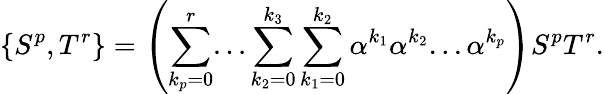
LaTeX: \{ S^{p},T^{r}\} =\left(\sum_{k_{p}=0}^{r}...\sum_{k_{2}=0}^{k_{3}}\sum_{k_{1}=0}^{k_{2}}\alpha^{k_{1}}\alpha^{k_{2}}...\alpha^{k_{p}}\right)S^{p}T^{r}.